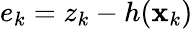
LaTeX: e_{k}=z_{k}-h(\mathbf{x}_{k})